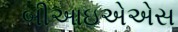
બીઆઇએએસ